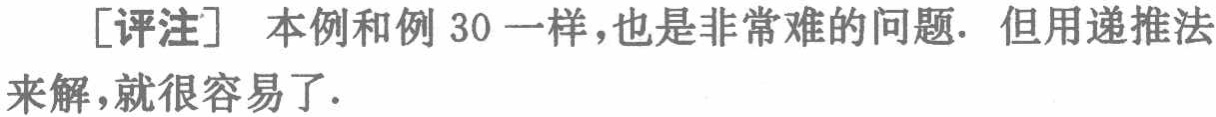
[评注] 本例和例 30 一样，也是非常难的问题. 但用递推法来解，就很容易了.